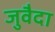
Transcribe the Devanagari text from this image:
जुवैदा